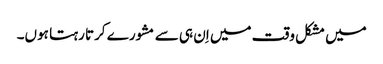
میں مشکل وقت میں اِن ہی سے مشورے کرتا رہتا ہوں۔